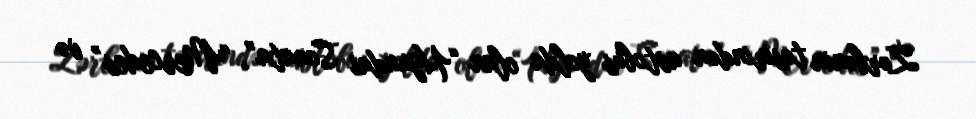
Zərbənin təsirindən avtobus yolda olan “Hyundai Sonata”, “Mercedes” və